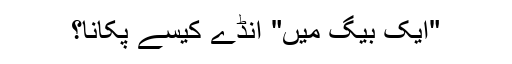
"ایک بیگ میں" انڈے کیسے پکانا؟